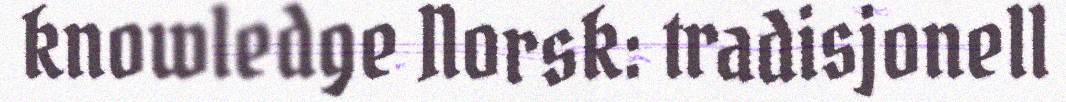
knowledge Norsk: tradisjonell